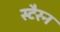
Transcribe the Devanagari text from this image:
स्टैरन